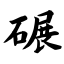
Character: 碾